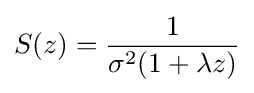
S(z)={\frac {1}{\sigma ^{2}(1+\lambda z)}}